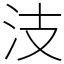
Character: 汥